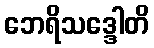
ဘေရိသဒ္ဒေါတိ